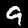
Digit: 9